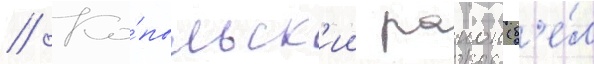
// Ко́пыльск'ии раион (б'е́л